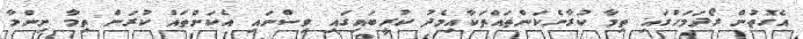
އެގޮތުން ރޯދަމަހުގައި ތިމާ ކުރާނެކަންތައްތަކާއިމެދު ކުރީބައިގައި ވިސްނައި އެކަންތައް ކުރަން ތިމާ ނިންމާ